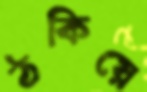
ঠকিয়ে